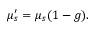
\begin{array} { r } { \mu _ { s } ^ { \prime } = \mu _ { s } ( 1 - g ) . } \end{array}